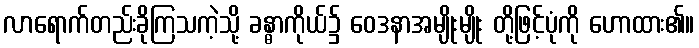
လာရောက်တည်းခိုကြသကဲ့သို့ ခန္ဓာကိုယ်၌ ဝေဒနာအမျိုးမျိုး တို့ဖြင့်ပုံကို ဟောထား၏။